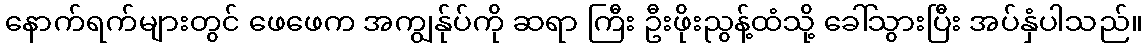
နောက်ရက်များတွင် ဖေဖေက အကျွန်ုပ်ကို ဆရာ ကြီး ဦးဖိုးညွန့်ထံသို့ ခေါ်သွားပြီး အပ်နှံပါသည်။